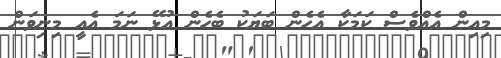
މިއިން އެއްވެސް ކަމަކާ އެހެން ބަޔަކު ބެހެން އުޅޭ ނަމަ އެއީ މިނިވަން